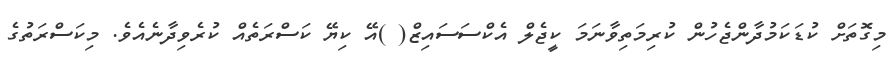
މިގޮތަށް ކުޑަކަމުދާންޖެހުން ކުރިމަތިވާނަމަ ކީޖެލް އެކްސަސައިޒް( )އޭ ކިޔޭ ކަސްރަތެއް ކުރެވިދާނެއެވެ. މިކަސްރަތުގެ